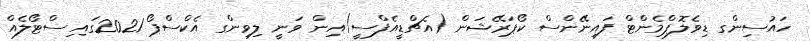
ހައުސިންގ ޑިވެލޮޕްމެންޓް ފައިނޭންސް ކޯޕަރޭޝަން (އެޗްޑީއެފްސީ)އިން ވަނީ ލިވިންގ އެކްސްޕޯ 2021ގައި ސްޓޯލެއް